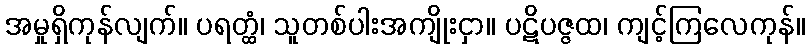
အမှုရှိကုန်လျက်။ ပရတ္ထံ၊ သူတစ်ပါးအကျိုးငှာ။ ပဋိပဇ္ဇထ၊ ကျင့်ကြလေကုန်။